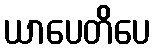
ယာပေတိပေ